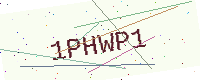
Text: 1PHWP1